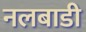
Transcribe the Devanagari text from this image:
नलबाडी